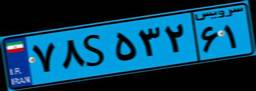
۳۴S۱۷۸۲۳